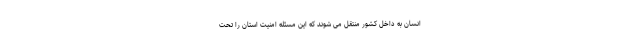
انسان به داخل کشور منتقل می شوند که این مسئله امنیت استان را تحت